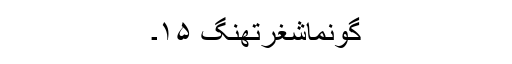
گونماشغرتھنگ ۱۵۔